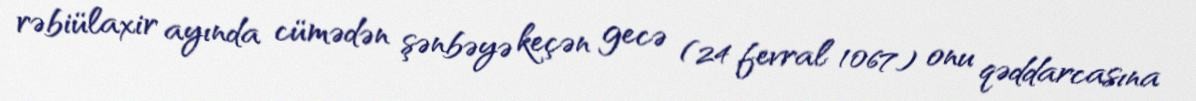
rəbiülaxir ayında cümədən şənbəyə keçən gecə (24 fevral 1067) onu qəddarcasına